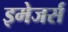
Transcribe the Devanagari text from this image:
इमेजर्स